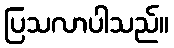
ပြသလာပါသည်။